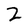
Character: 2